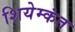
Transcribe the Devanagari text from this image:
शियेम्कंत